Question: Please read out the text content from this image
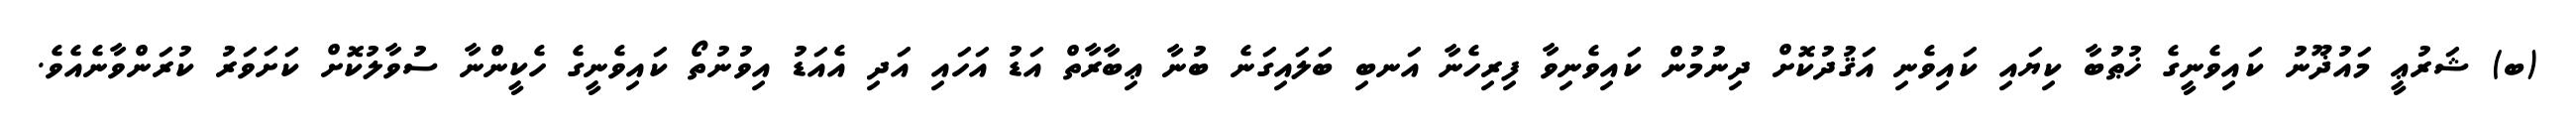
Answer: (ބ) ޝަރުޢީ މައުޛޫނު ކައިވެނީގެ ޚުޠުބާ ކިޔައި ކައިވެނި އަޤުދުކޮށް ދިނުމުން ކައިވެނިވާ ފިރިހެނާ އަނބި ބަލައިގަނެ ބުނާ ޢިބާރާތް އަޑު އަހައި އަދި އެއަޑު އިވުނުތޯ ކައިވެނީގެ ހެކީންނާ ސުވާލުކޮށް ކަށަވަރު ކުރަންވާނެއެވެ.